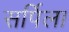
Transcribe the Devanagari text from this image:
सर्पिला